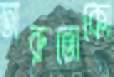
তারুতোকো